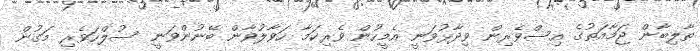
ތާލިބާން ޖަމާއަތުގެ އިސްވެރިން ވިދާޅުވަނީ އެމީހުން ވެރިކަމާ ހަވާލުވާން ބޭނުންވަނީ ސުލްހަވެރި މަގުން